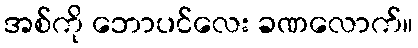
အစ်ကို ဘောပင်လေး ခဏလောက်။